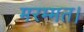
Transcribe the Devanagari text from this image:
मरम्मत।